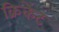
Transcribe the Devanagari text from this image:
क्रिकेंट